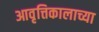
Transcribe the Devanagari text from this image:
आवृत्तिकालाच्या